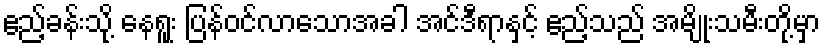
ဧည့်ခန်းသို့ နေရူး ပြန်ဝင်လာသောအခါ အင်ဒီရာနှင့် ဧည့်သည် အမျိုးသမီးတို့မှာ